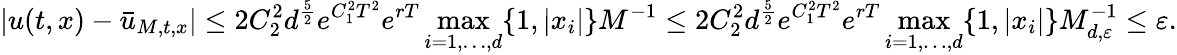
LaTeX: \vert u(t,x)-\bar{u}_{M,t,x}\vert\leq 2C_{2}^{2}d^{\frac{5}{2}}e^{C_{1}^{2}T^{2}}e^{rT}\operatorname*{max}_{i=1,\ldots,d}\{ 1,\vert x_{i}\vert\} M^{-1}\leq 2C_{2}^{2}d^{\frac{5}{2}}e^{C_{1}^{2}T^{2}}e^{rT}\operatorname*{max}_{i=1,\ldots,d}\{ 1,\vert x_{i}\vert\} M_{d,{\varepsilon}}^{-1}\leq{\varepsilon}.